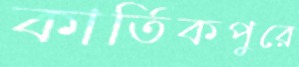
কার্তিকপুরে